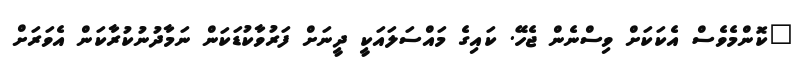
"ކޮންމެވެސް އެކަކަށް ވިސްނެން ޖެހޭ. ކައިގެ މައްސަލައަކީ ދީނަށް ފަރުވާކުޑަކަން ނަމާދުނުކުރާކަން އެވަރަށް